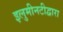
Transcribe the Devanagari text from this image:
इलुमीनटीद्वारा